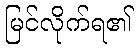
မြင်လိုက်ရ၏